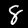
Digit: 8